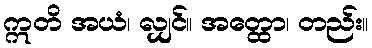
ဣတိ အယံ၊ လျှင်။ အတ္ထော၊ တည်း။